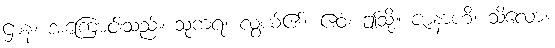
ဌာနံ၊ အကြောင်းသည်။ သုကရံ၊ လွယ်၏။ ဧဝံ၊ ဤသို့။ ဇာနာဟိ၊ သိလော။